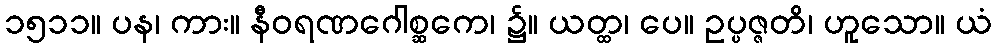
၁၅၁၁။ ပန၊ ကား။ နီဝရဏဂေါစ္ဆကေ၊ ၌။ ယတ္ထ၊ ပေ။ ဥပ္ပဇ္ဇတိ၊ ဟူသော။ ယံ